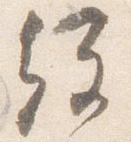
経